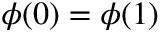
\phi ( 0 ) = \phi ( 1 )